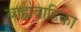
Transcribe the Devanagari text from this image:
बाह्यवाहिका